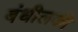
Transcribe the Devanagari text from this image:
बंधीलकी